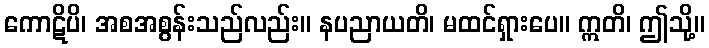
ကောဋိပိ၊ အစအစွန်းသည်လည်း။ နပညာယတိ၊ မထင်ရှားပေ။ ဣတိ၊ ဤသို့။